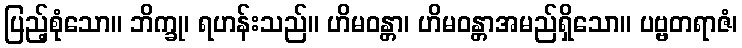
ပြည့်စုံသော။ ဘိက္ခု၊ ရဟန်းသည်။ ဟိမဝန္တာ၊ ဟိမဝန္တာအမည်ရှိသော။ ပဗ္ဗတရာဇံ၊